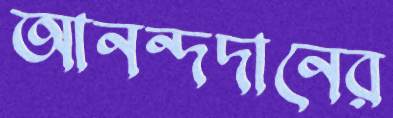
আনন্দদানের